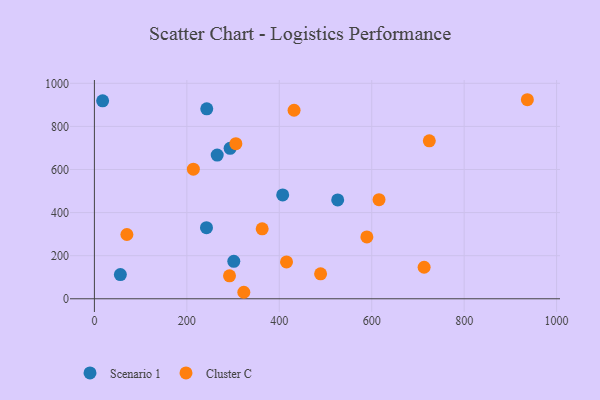
{"axis": {"x": "Investment", "y": "Rating"}, "legend": ["Cluster C", "Scenario 1"], "data": [{"x": "293.6", "y": 698.1, "type": "Scenario 1"}, {"x": "243.1", "y": 881.8, "type": "Scenario 1"}, {"x": "56.2", "y": 112.5, "type": "Scenario 1"}, {"x": "17.8", "y": 918.9, "type": "Scenario 1"}, {"x": "526.4", "y": 458.7, "type": "Scenario 1"}, {"x": "265.7", "y": 667.1, "type": "Scenario 1"}, {"x": "407.4", "y": 481.8, "type": "Scenario 1"}, {"x": "242.5", "y": 329.8, "type": "Scenario 1"}, {"x": "301.6", "y": 174.0, "type": "Scenario 1"}, {"x": "724.6", "y": 733.0, "type": "Cluster C"}, {"x": "214.1", "y": 601.5, "type": "Cluster C"}, {"x": "713.4", "y": 146.4, "type": "Cluster C"}, {"x": "323.3", "y": 30.2, "type": "Cluster C"}, {"x": "70.3", "y": 298.4, "type": "Cluster C"}, {"x": "306.1", "y": 719.9, "type": "Cluster C"}, {"x": "363.0", "y": 324.8, "type": "Cluster C"}, {"x": "936.8", "y": 923.8, "type": "Cluster C"}, {"x": "615.8", "y": 460.1, "type": "Cluster C"}, {"x": "432.0", "y": 874.9, "type": "Cluster C"}, {"x": "489.4", "y": 115.8, "type": "Cluster C"}, {"x": "589.5", "y": 287.0, "type": "Cluster C"}, {"x": "292.3", "y": 106.6, "type": "Cluster C"}, {"x": "415.7", "y": 171.2, "type": "Cluster C"}]}